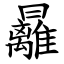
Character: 㒿